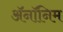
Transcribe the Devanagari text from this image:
ॲनॉनिम